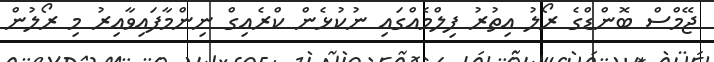
ޖޭމްސް ބޮންޑްގެ ރޯލު އިތުރު ފިލްމެއްގައި ނުކުޅެން ކްރެއިގް ނިންމާފައިވާއިރު މި ރޯލުން